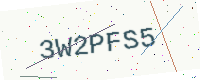
Text: 3W2PFS5